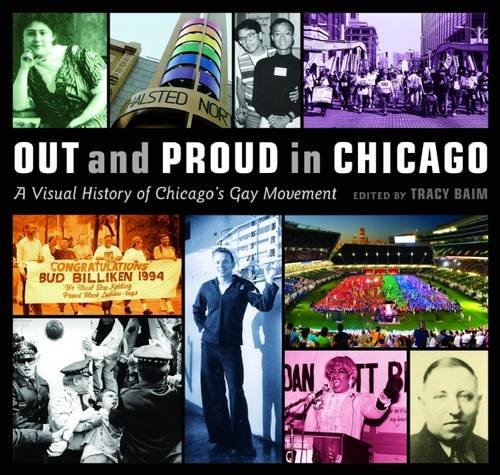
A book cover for Out and Proud in Chicago: An Overview of the City's Gay Community; Gay & Lesbian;